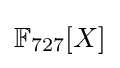
\mathbb {F} _{727}[X]